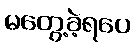
မတွေ့ခဲ့ရပေ